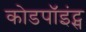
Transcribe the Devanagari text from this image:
कोडपॉइंट्स